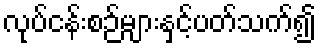
လုပ်ငန်းစဉ်များနှင့်ပတ်သက်၍